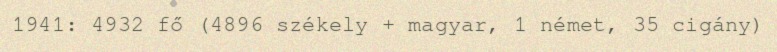
1941: 4932 fő (4896 székely + magyar, 1 német, 35 cigány)